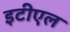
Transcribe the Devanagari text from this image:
इटीएल